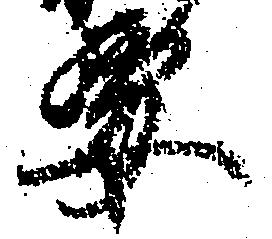
要